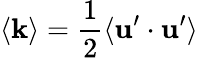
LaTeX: \langle\mathbf{k}\rangle=\frac{{1}}{{2}}\langle{{\mathbf{{u^{\prime}}}\cdot\mathbf{{u^{\prime}}}}}\rangle